system: You are a helpful assistant.
user:
Analyze the provided spectrum to determine if it is a **"Cataclysmic Variables (CV)"**.

- **Key Indicators for CV (Check for either state):**
    - **State 1: Quiescent / Low-State (Emission-Dominated)**
        - **(Primary):** Strong and *very broad* Hydrogen Balmer emission lines (e.g., $H\alpha$ at 6563 Å, $H\beta$ at 4861 Å). The 'broadness' (high velocity dispersion, often FWHM > 1000 km/s) is the key diagnostic, indicating a high-velocity accretion disk.
        - **(Secondary):** Broad neutral Helium (He I) emission lines (e.g., 5876 Å, 6678 Å).
        - **(Key Confirmation):** Presence of high-excitation *ionized* Helium (He II) emission at 4686 Å. This is a strong indicator of accretion onto a white dwarf.
        - **(Line Profile):** Emission lines may exhibit a 'double-peaked' profile, which is a classic signature of a rotating accretion disk viewed at high inclination.

    - **State 2: Outburst / High-State (Absorption-Dominated)**
        - **(Primary):** Spectrum is dominated by a bright, blue continuum (looks like a hot star).
        - **(Secondary):** The emission lines from State 1 are weak, absent, or 'filled in', and are replaced by broad, shallow *absorption* lines (primarily Balmer and He I).
        - **(Morphology):** The overall spectrum mimics a hot B/A-type star. The crucial difference is that the absorption lines are significantly broader, shallower, and more 'washed-out' (or 'smeared') than the sharp lines of a normal stellar photosphere, due to high rotational speeds and pressure broadening in the disk.

Think first, call **spectral_visualization_tool** if needed to examine features in detail, then provide your final answer. Your response must adhere to the following strict rules:
1.  **Overall Structure:** Your response must follow the format `<think>...</think> <tool_call>...</tool_call> (if a tool is used) <answer>...</answer>`.
2.  **Tool Usage Constraint:** You may only make **one** tool call per turn.
3.  **Final Answer Format:** In the `<answer>` tag, your conclusion must be inside a `\boxed{}` command (e.g., `\boxed{YES}`), followed by your justification.

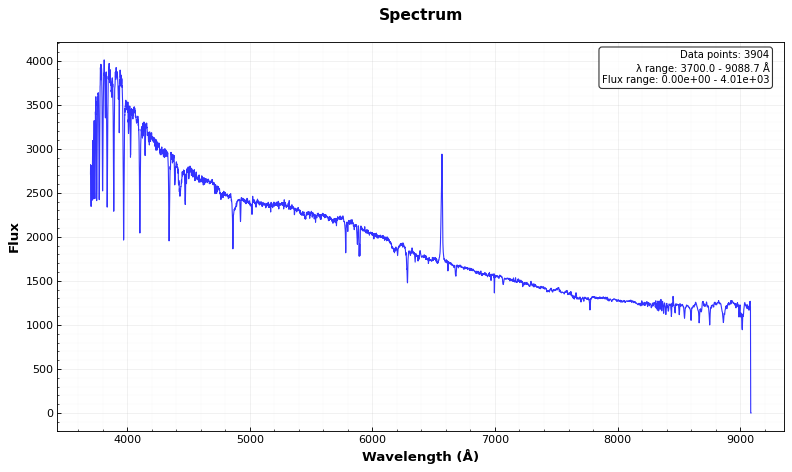
Answer: NO